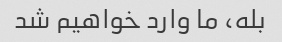
بله، ما وارد خواهیم شد